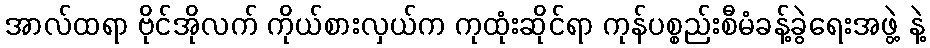
အာလ်ထရာ ဗိုင်အိုလက် ကိုယ်စားလှယ်က ကုထုံးဆိုင်ရာ ကုန်ပစ္စည်းစီမံခန့်ခွဲရေးအဖွဲ့ နဲ့